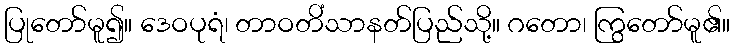
ပြုတော်မူ၍။ ဒေဝပုရံ၊ တာဝတိံသာနတ်ပြည်သို့။ ဂတော၊ ကြွတော်မူ၏။